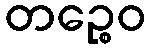
တဉ္စေဝ